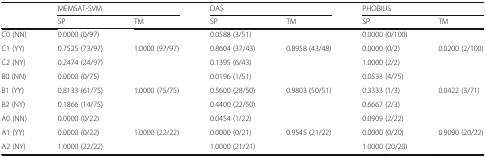
|  | <COLSPAN=2> MEMSAT-SVM | <COLSPAN=2> DAS | <COLSPAN=2> PHOBIUS |
 |  | SP | TM | SP | TM | SP | TM |
 | --- | --- | --- | --- | --- | --- | --- |
 | C0 (NN) | <COLSPAN=2> 0.0000 (0/97) | <COLSPAN=2> 0.0588 (3/51) | <COLSPAN=2> 0.0000 (0/100) |
 | C1 (YY) | 0.7525 (73/97) | <ROWSPAN=2> 1.0000 (97/97) | 0.8604 (37/43) | <ROWSPAN=2> 0.8958 (43/48) | 0.0000 (0/2) | <ROWSPAN=2> 0.0200 (2/100) |
 | C2 (NY) | 0.2474 (24/97) | 0.1395 (6/43) | 1.0000 (2/2) |
 | B0 (NN) | <COLSPAN=2> 0.0000 (0/75) | <COLSPAN=2> 0.0196 (1/51) | <COLSPAN=2> 0.0533 (4/75) |
 | B1 (YY) | 0.8133 (61/75) | <ROWSPAN=2> 1.0000 (75/75) | 0.5600 (28/50) | <ROWSPAN=2> 0.9803 (50/51) | 0.3333 (1/3) | <ROWSPAN=2> 0.0422 (3/71) |
 | B2 (NY) | 0.1866 (14/75) | 0.4400 (22/50) | 0.6667 (2/3) |
 | A0 (NN) | <COLSPAN=2> 0.0000 (0/22) | <COLSPAN=2> 0.0454 (1/22) | <COLSPAN=2> 0.0909 (2/22) |
 | A1 (YY) | 0.0000 (0/22) | <ROWSPAN=2> 1.0000 (22/22) | 0.0000 (0/21) | <ROWSPAN=2> 0.9545 (21/22) | 0.0000 (0/20) | <ROWSPAN=2> 0.9090 (20/22) |
 | A2 (NY) | 1.0000 (22/22) | 1.0000 (21/21) | 1.0000 (20/20) |